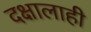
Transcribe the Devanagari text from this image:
दक्षालाही